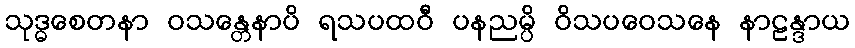
သုဒ္ဓစေတနာ ဝသန္တေနာပိ ရသပထဝီ ပနညမ္ပိ ဝိသပဝေသနေ နာဠန္ဒာယ